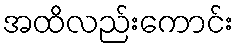
အထိလည်းကောင်း